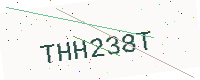
Text: THH238T